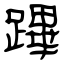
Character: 蹕